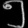
Digit: ၅